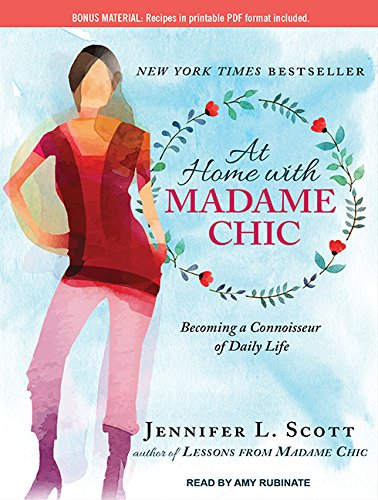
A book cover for At Home With Madame Chic: Becoming a Connoisseur of Daily Life; Jennifer L. Scott; Crafts, Hobbies & Home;